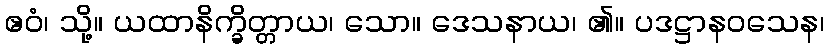
ဧဝံ၊ သို့။ ယထာနိက္ခိတ္တာယ၊ သော။ ဒေသနာယ၊ ၏။ ပဒဋ္ဌာနဝသေန၊